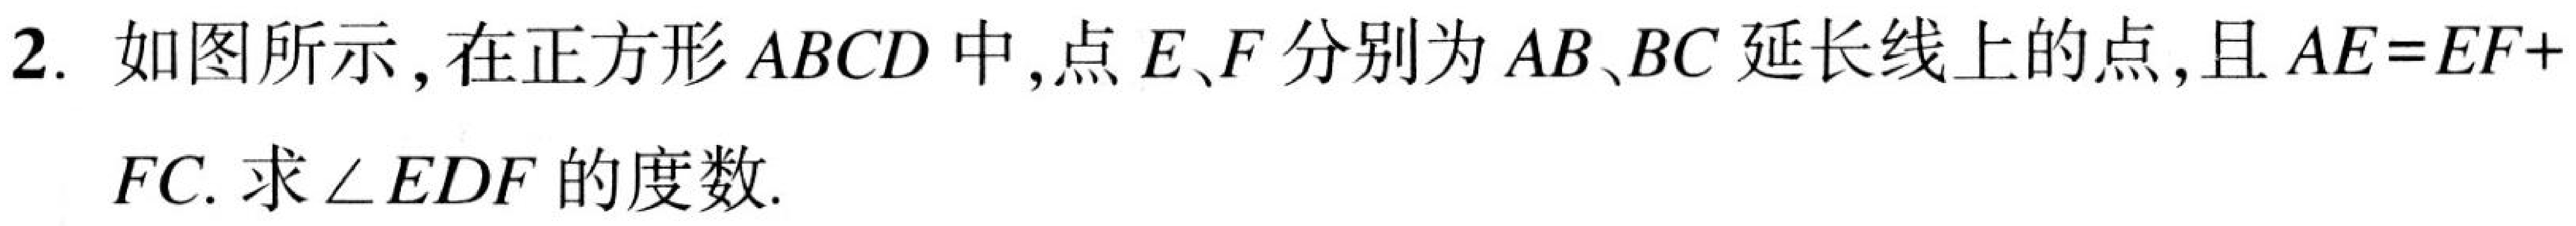
2. 如图所示，在正方形\(ABCD\)中，点\(E、F\)分别为\(AB、BC\)延长线上的点，且\(AE = EF +\)
\(FC\). 求\(\angle EDF\)的度数.